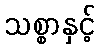
သစ္စာနှင့်